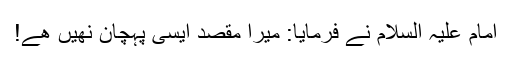
امام علیہ السلام نے فرمایا: میرا مقصد ایسی پہچان نھیں ھے!